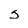
Character: s